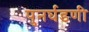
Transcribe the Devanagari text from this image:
पुनर्घडणी